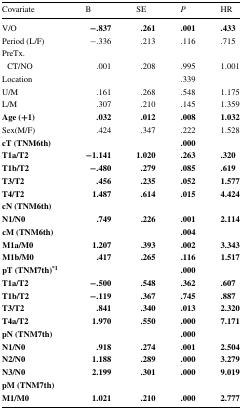
<table><thead><tr><td><b>Covariate</b></td><td><b>B</b></td><td><b>SE</b></td><td><b><i>P</i></b></td><td><b>HR</b></td></tr></thead><tbody><tr><td>V/O</td><td><b>−.837</b></td><td><b>.261</b></td><td><b>.001</b></td><td><b>.433</b></td></tr><tr><td>Period (L/F)</td><td>−.336</td><td>.213</td><td>.116</td><td>.715</td></tr><tr><td colspan="5">PreTx.</td></tr><tr><td> CT/NO</td><td>.001</td><td>.208</td><td>.995</td><td>1.001</td></tr><tr><td>Location</td><td></td><td></td><td>.339</td><td></td></tr><tr><td>U/M</td><td>.161</td><td>.268</td><td>.548</td><td>1.175</td></tr><tr><td>L/M</td><td>.307</td><td>.210</td><td>.145</td><td>1.359</td></tr><tr><td><b>Age (+1)</b></td><td><b>.032</b></td><td><b>.012</b></td><td><b>.008</b></td><td><b>1.032</b></td></tr><tr><td>Sex(M/F)</td><td>.424</td><td>.347</td><td>.222</td><td>1.528</td></tr><tr><td><b>cT (TNM6th)</b></td><td></td><td></td><td><b>.000</b></td><td></td></tr><tr><td><b>T1a/T2</b></td><td><b>−1.141</b></td><td><b>1.020</b></td><td><b>.263</b></td><td><b>.320</b></td></tr><tr><td><b>T1b/T2</b></td><td><b>−.480</b></td><td><b>.279</b></td><td><b>.085</b></td><td><b>.619</b></td></tr><tr><td><b>T3/T2</b></td><td><b>.456</b></td><td><b>.235</b></td><td><b>.052</b></td><td><b>1.577</b></td></tr><tr><td><b>T4/T2</b></td><td><b>1.487</b></td><td><b>.614</b></td><td><b>.015</b></td><td><b>4.424</b></td></tr><tr><td><b>cN (TNM6th)</b></td><td></td><td></td><td></td><td></td></tr><tr><td><b>N1/N0</b></td><td><b>.749</b></td><td><b>.226</b></td><td><b>.001</b></td><td><b>2.114</b></td></tr><tr><td><b>cM (TNM6th)</b></td><td></td><td></td><td><b>.004</b></td><td></td></tr><tr><td><b>M1a/M0</b></td><td><b>1.207</b></td><td><b>.393</b></td><td><b>.002</b></td><td><b>3.343</b></td></tr><tr><td><b>M1b/M0</b></td><td><b>.417</b></td><td><b>.265</b></td><td><b>.116</b></td><td><b>1.517</b></td></tr><tr><td><b>pT (TNM7th)</b><sup><b>*1</b></sup></td><td></td><td></td><td><b>.000</b></td><td></td></tr><tr><td><b>T1a/T2</b></td><td><b>−.500</b></td><td><b>.548</b></td><td><b>.362</b></td><td><b>.607</b></td></tr><tr><td><b>T1b/T2</b></td><td><b>−.119</b></td><td><b>.367</b></td><td><b>.745</b></td><td><b>.887</b></td></tr><tr><td><b>T3/T2</b></td><td><b>.841</b></td><td><b>.340</b></td><td><b>.013</b></td><td><b>2.320</b></td></tr><tr><td><b>T4a/T2</b></td><td><b>1.970</b></td><td><b>.550</b></td><td><b>.000</b></td><td><b>7.171</b></td></tr><tr><td><b>pN (TNM7th)</b></td><td></td><td></td><td><b>.000</b></td><td></td></tr><tr><td><b>N1/N0</b></td><td><b>.918</b></td><td><b>.274</b></td><td><b>.001</b></td><td><b>2.504</b></td></tr><tr><td><b>N2/N0</b></td><td><b>1.188</b></td><td><b>.289</b></td><td><b>.000</b></td><td><b>3.279</b></td></tr><tr><td><b>N3/N0</b></td><td><b>2.199</b></td><td><b>.301</b></td><td><b>.000</b></td><td><b>9.019</b></td></tr><tr><td><b>pM (TNM7th)</b></td><td></td><td></td><td></td><td></td></tr><tr><td><b>M1/M0</b></td><td><b>1.021</b></td><td><b>.210</b></td><td><b>.000</b></td><td><b>2.777</b></td></tr></tbody></table>